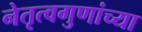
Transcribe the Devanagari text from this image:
नेतृत्वगुणांच्या